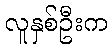
လူနှစ်ဦးက